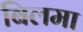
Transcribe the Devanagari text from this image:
बिलमा